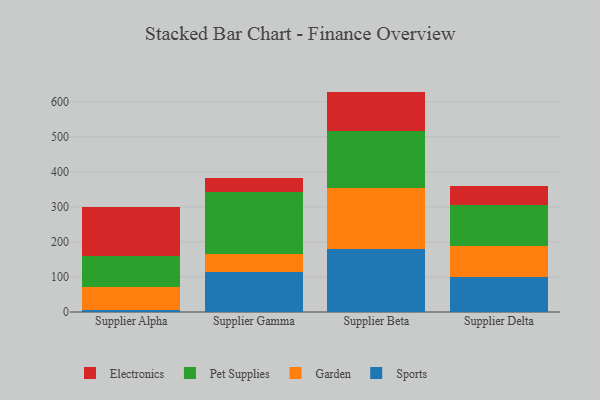
{"axis": {"x": "Supplier", "y": "Revenue (USD Million)"}, "legend": ["Electronics", "Garden", "Pet Supplies", "Sports"], "data": [{"x": "Supplier Alpha", "y": 6.7, "type": "Sports"}, {"x": "Supplier Alpha", "y": 65.1, "type": "Garden"}, {"x": "Supplier Alpha", "y": 88.6, "type": "Pet Supplies"}, {"x": "Supplier Alpha", "y": 137.9, "type": "Electronics"}, {"x": "Supplier Gamma", "y": 114.0, "type": "Sports"}, {"x": "Supplier Gamma", "y": 52.9, "type": "Garden"}, {"x": "Supplier Gamma", "y": 174.4, "type": "Pet Supplies"}, {"x": "Supplier Gamma", "y": 40.7, "type": "Electronics"}, {"x": "Supplier Beta", "y": 179.5, "type": "Sports"}, {"x": "Supplier Beta", "y": 173.7, "type": "Garden"}, {"x": "Supplier Beta", "y": 164.3, "type": "Pet Supplies"}, {"x": "Supplier Beta", "y": 111.3, "type": "Electronics"}, {"x": "Supplier Delta", "y": 101.1, "type": "Sports"}, {"x": "Supplier Delta", "y": 86.8, "type": "Garden"}, {"x": "Supplier Delta", "y": 117.8, "type": "Pet Supplies"}, {"x": "Supplier Delta", "y": 55.1, "type": "Electronics"}]}